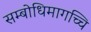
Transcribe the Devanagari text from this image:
सम्बोधिमागच्चि